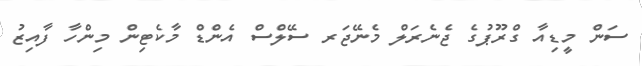
ސަން މީޑިއާ ގްރޫޕުގެ ޖެނެރަލް މެނޭޖަރ ސޭލްސް އެންޑް މާކެޓިން މިންހާ ފާއިޒު